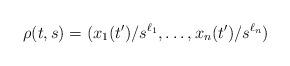
LaTeX: \begin{align*}\rho(t,s)=(x_1(t')/s^{\ell_1},\dots,x_n(t')/s^{\ell_n})\end{align*}